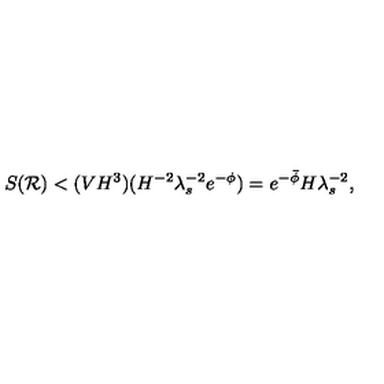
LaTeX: S ( { \cal R } ) < ( V H ^ { 3 } ) ( H ^ { - 2 } \lambda _ { s } ^ { - 2 } e ^ { - \phi } ) = e ^ { - \bar { \phi } } H \lambda _ { s } ^ { - 2 } ,